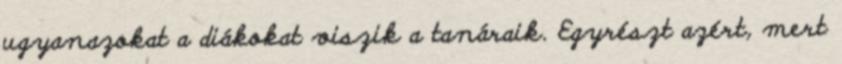
ugyanazokat a diákokat viszik a tanáraik. Egyrészt azért, mert